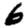
Digit: 6